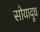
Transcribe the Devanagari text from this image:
सोयादूध